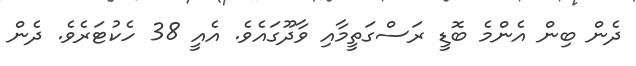
ދެން ބިން އެންމެ ބޮޑީ ރަސްގަތީމާއި ވާދޫގައެވެ. އެއީ 38 ހެކުޓަރެވެ. ދެން